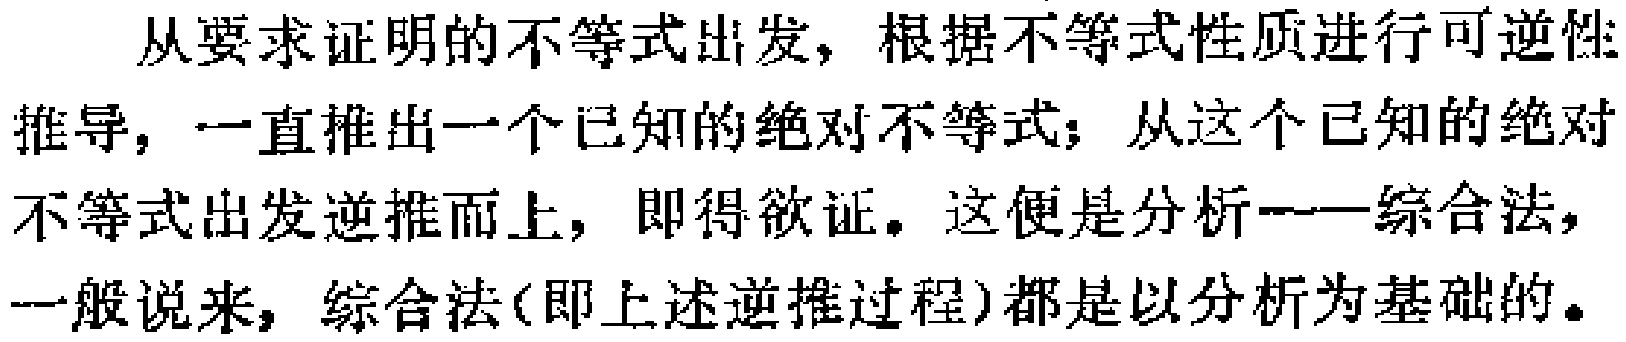
从要求证明的不等式出发，根据不等式性质进行可逆性推导，一直推出一个已知的绝对不等式；从这个已知的绝对不等式出发逆推而上，即得欲证。这便是分析——综合法，一般说来，综合法(即上述逆推过程)都是以分析为基础的。